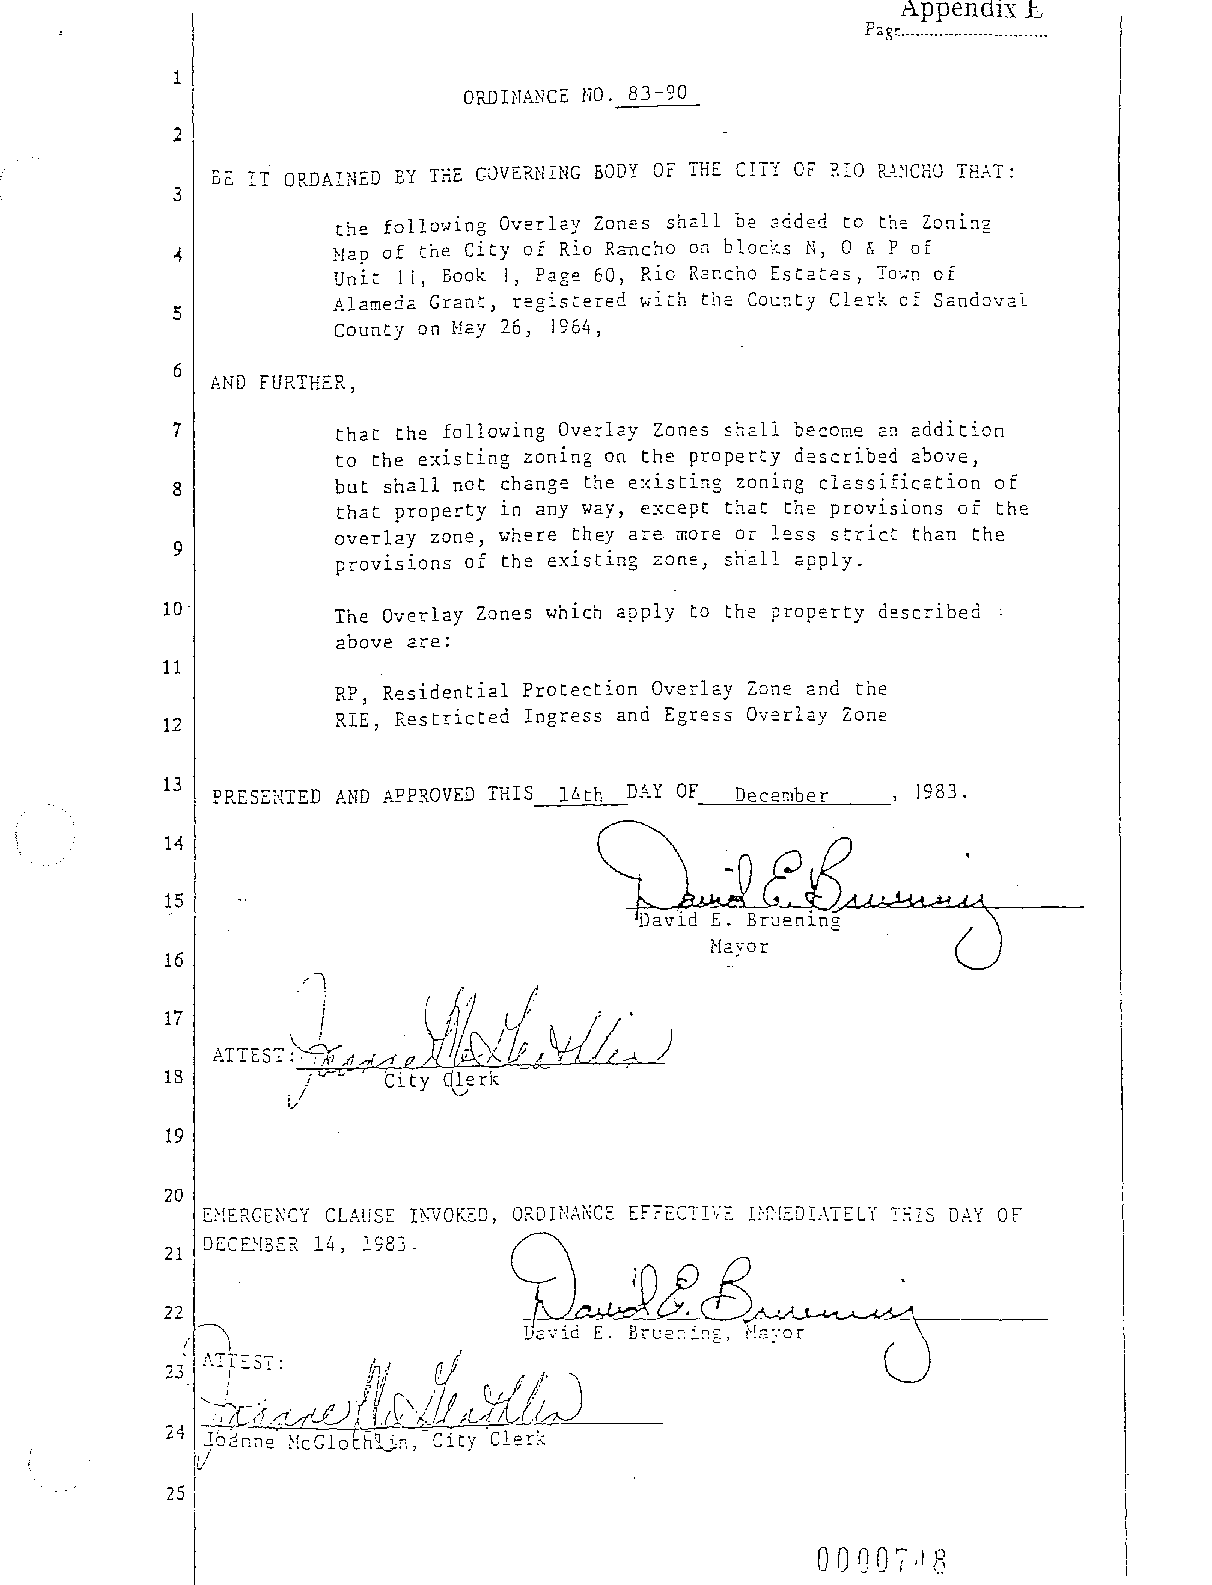
Appendix E
 Pa,l(I!:____________________________ ._
 1
 OPJ)INANCE NO. 83-90
 E~ IT ORDAINED BY THE GOVE?~NING BODY OF THE CITY Or RIO R.A.:ICHO THAT:
 3
 the following Overlay Zones shall De 2dded to the Zoni~g
 Hap of the City of Rio Rancho on blocks N, 0 & P of
 Unit 11, Book 1, Page 60, Rio Rancho Estates, Tm.-.n of
 Alameda Grant, registered with the County Clerk of Sandoval
 5
 County on Hay 26, 1964,
 6
 AND fURTHER,
 7          that the following Overlay Zones shall become a~ addition
 to the existing zoning on the property described above,
 but shall not change the existing zoning classification of
 8
 that property in any way, except that the provisions of the
 overlay zone, where they are more or less strict than the
 9
 provisions of the existing zone, shall apply.
 10·        The Overlay Zones which apply to the property described :
 above are:
 11
 RP, Residential Protection Overlay Zone and the
 RIE, Restricted Ingress and Egress Overlay Zone
 12
 13
 PRESENTED AND APPROVED THIS l~th DAY OF_--=-De;::...c:::..;e::..:m=b::...:;:e::....::r'---__, 1983.
 14
 15
 16
 17
 18
 19
 20
 25